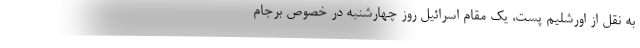
به نقل از اورشلیم پست، یک مقام اسرائیل روز چهارشنبه در خصوص برجام